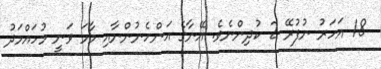
18 އަހަރު ނުފުރޭ 2 ކުދިންނެވެ. އޭނާގެ އަންހެނުންނާއި މާމަ ވަނީ މުހައްމަދު